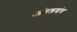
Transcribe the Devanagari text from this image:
आंगलगांव